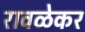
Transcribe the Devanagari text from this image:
रावळेकर